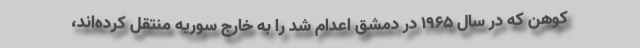
کوهن که در سال ۱۹۶۵ در دمشق اعدام شد را به خارج سوریه منتقل کرده‌اند،